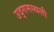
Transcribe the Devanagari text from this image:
उद्गमस्थली